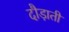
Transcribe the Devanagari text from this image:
दौड़ाती